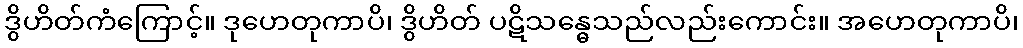
ဒွိဟိတ်ကံကြောင့်။ ဒုဟေတုကာပိ၊ ဒွိဟိတ် ပဋိသန္ဓေသည်လည်းကောင်း။ အဟေတုကာပိ၊